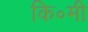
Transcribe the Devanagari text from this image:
कि॰मी